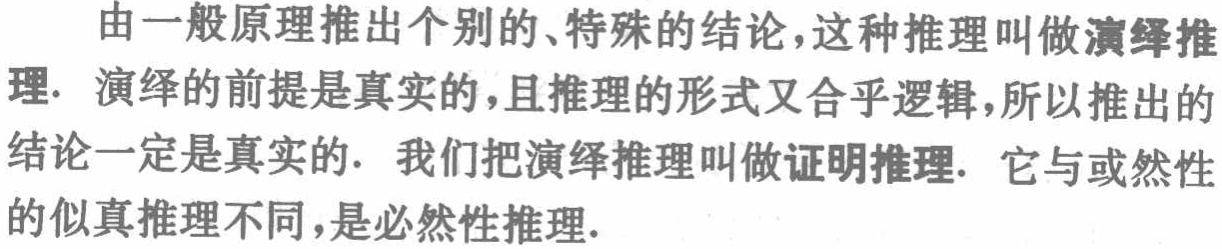
由一般原理推出个别的、特殊的结论，这种推理叫做演绎推理. 演绎的前提是真实的，且推理的形式又合乎逻辑，所以推出的结论一定是真实的. 我们把演绎推理叫做证明推理. 它与或然性的似真推理不同，是必然性推理.